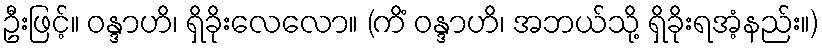
ဦးဖြင့်။ ဝန္ဒာဟိ၊ ရှိခိုးလေလော။ (ကိံ ဝန္ဒာဟိ၊ အဘယ်သို့ ရှိခိုးရအံ့နည်း။)